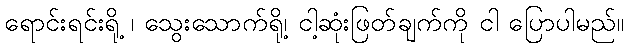
ရောင်းရင်းရို့ ၊ သွေးသောက်ရို့၊ ငါ့ဆုံးဖြတ်ချက်ကို ငါ ပြောပါမည်။